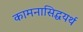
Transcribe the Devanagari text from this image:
कामनासिद्धयर्थ